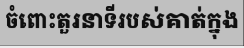
ចំពោះតួរនាទីរបស់គាត់ក្នុង